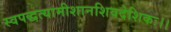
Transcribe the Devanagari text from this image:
स्वपद्धत्यामीशानशिवदेशिकः।।